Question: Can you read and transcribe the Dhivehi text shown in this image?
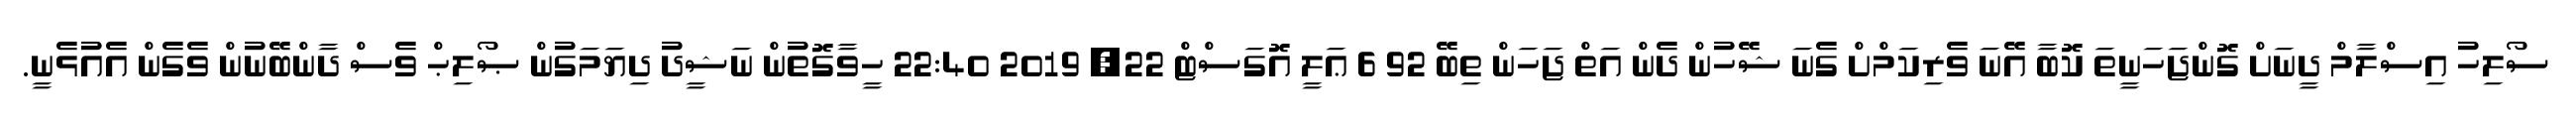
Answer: ސޯލިހު އިސްލާމް ދީނަށް ގޮންޖަހަނީތަ ކޮބާ އޭނަ ވެރިކަމްށް ގެނަ ޝޭހުން ދެން އަތް ޖަހަން ތިބޭ 92 6 ޢަލީ އޮގަސްޓް 22, 2019 22:40 ހީވާގޮތުން ނަޝީދު ދިޔަމަގުން ޞޯލިޙް ވެސް ދާންބޭނުން ވެގެން އެއުޅެނީ.